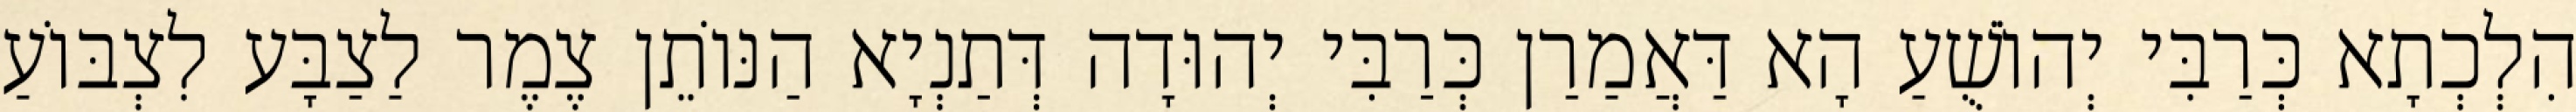
הִלְכְתָא כְּרַבִּי יְהוֹשֻׁעַ הָא דַּאֲמַרַן כְּרַבִּי יְהוּדָה דְּתַנְיָא הַנּוֹתֵן צֶמֶר לַצַבָּע לִצְבּוֹעַ